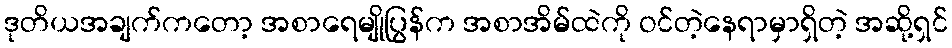
ဒုတိယအချက်ကတော့ အစာရေမျိုပြွန်က အစာအိမ်ထဲကို ဝင်တဲ့နေရာမှာရှိတဲ့ အဆို့ရှင်